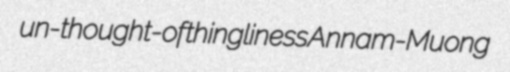
un-thought-of thingliness Annam-Muong